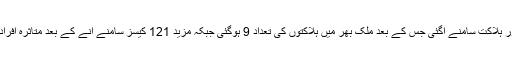
پاکستان میں کورونا وائرس سے پنجاب میں ایک اور ہلاکت سامنے آگئی جس کے بعد ملک بھر میں ہلاکتوں کی تعداد 9 ہوگئی جبکہ مزید 121 کیسز سامنے آنے کے بعد متاثرہ افراد کی مجموعی تعداد بھی 1198 تک جا پہنچی ہے۔